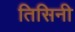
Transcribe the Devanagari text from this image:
तिसिनी